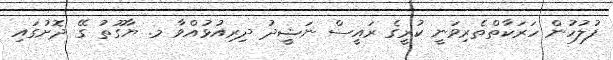
ފުލުހުން ހަރަކާތްތެރިވަނީ ކުރީގެ ރައީސް ނަޝީދު ދިރިއުޅުއްވާ މ. ޔާގޫތު ގޭ ދޮށުގައި